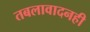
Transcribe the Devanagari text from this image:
तबलावादनही